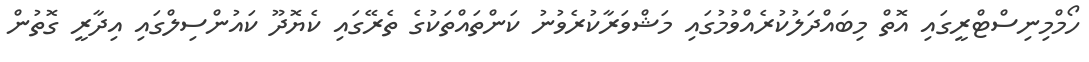
ހޯމްމިނިސްޓްރީގައި އޮތް މިބައްދަލުކުރެއްވުމުގައި މަޝްވަރާކުރެވުނު ކަންތައްތަކުގެ ތެރޭގައި ކެޔޮދޫ ކައުންސިލްގައި އިދާރީ ގޮތުން